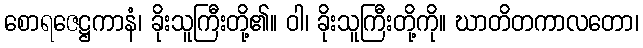
စောရဇေဋ္ဌကာနံ၊ ခိုးသူကြီးတို့၏။ ဝါ၊ ခိုးသူကြီးတို့ကို။ ဃာတိတကာလတော၊